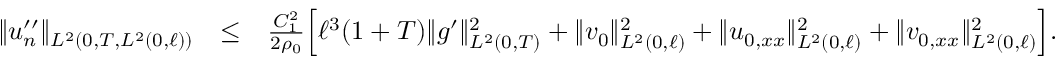
\begin{array} { r l r } { \Vert u _ { n } ^ { \prime \prime } \Vert _ { L ^ { 2 } ( 0 , T , L ^ { 2 } ( 0 , \ell ) ) } } & { \leq } & { \frac { C _ { 1 } ^ { 2 } } { 2 \rho _ { 0 } } \Big [ \ell ^ { 3 } ( 1 + T ) \Vert g ^ { \prime } \Vert _ { L ^ { 2 } ( 0 , T ) } ^ { 2 } + \Vert v _ { 0 } \Vert _ { L ^ { 2 } ( 0 , \ell ) } ^ { 2 } + \Vert u _ { 0 , x x } \Vert _ { L ^ { 2 } ( 0 , \ell ) } ^ { 2 } + \Vert v _ { 0 , x x } \Vert _ { L ^ { 2 } ( 0 , \ell ) } ^ { 2 } \Big ] . } \end{array}